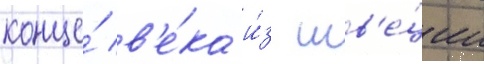
конце́ в'е́ка и́з шв'е́ции